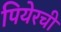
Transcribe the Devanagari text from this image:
पियेरची